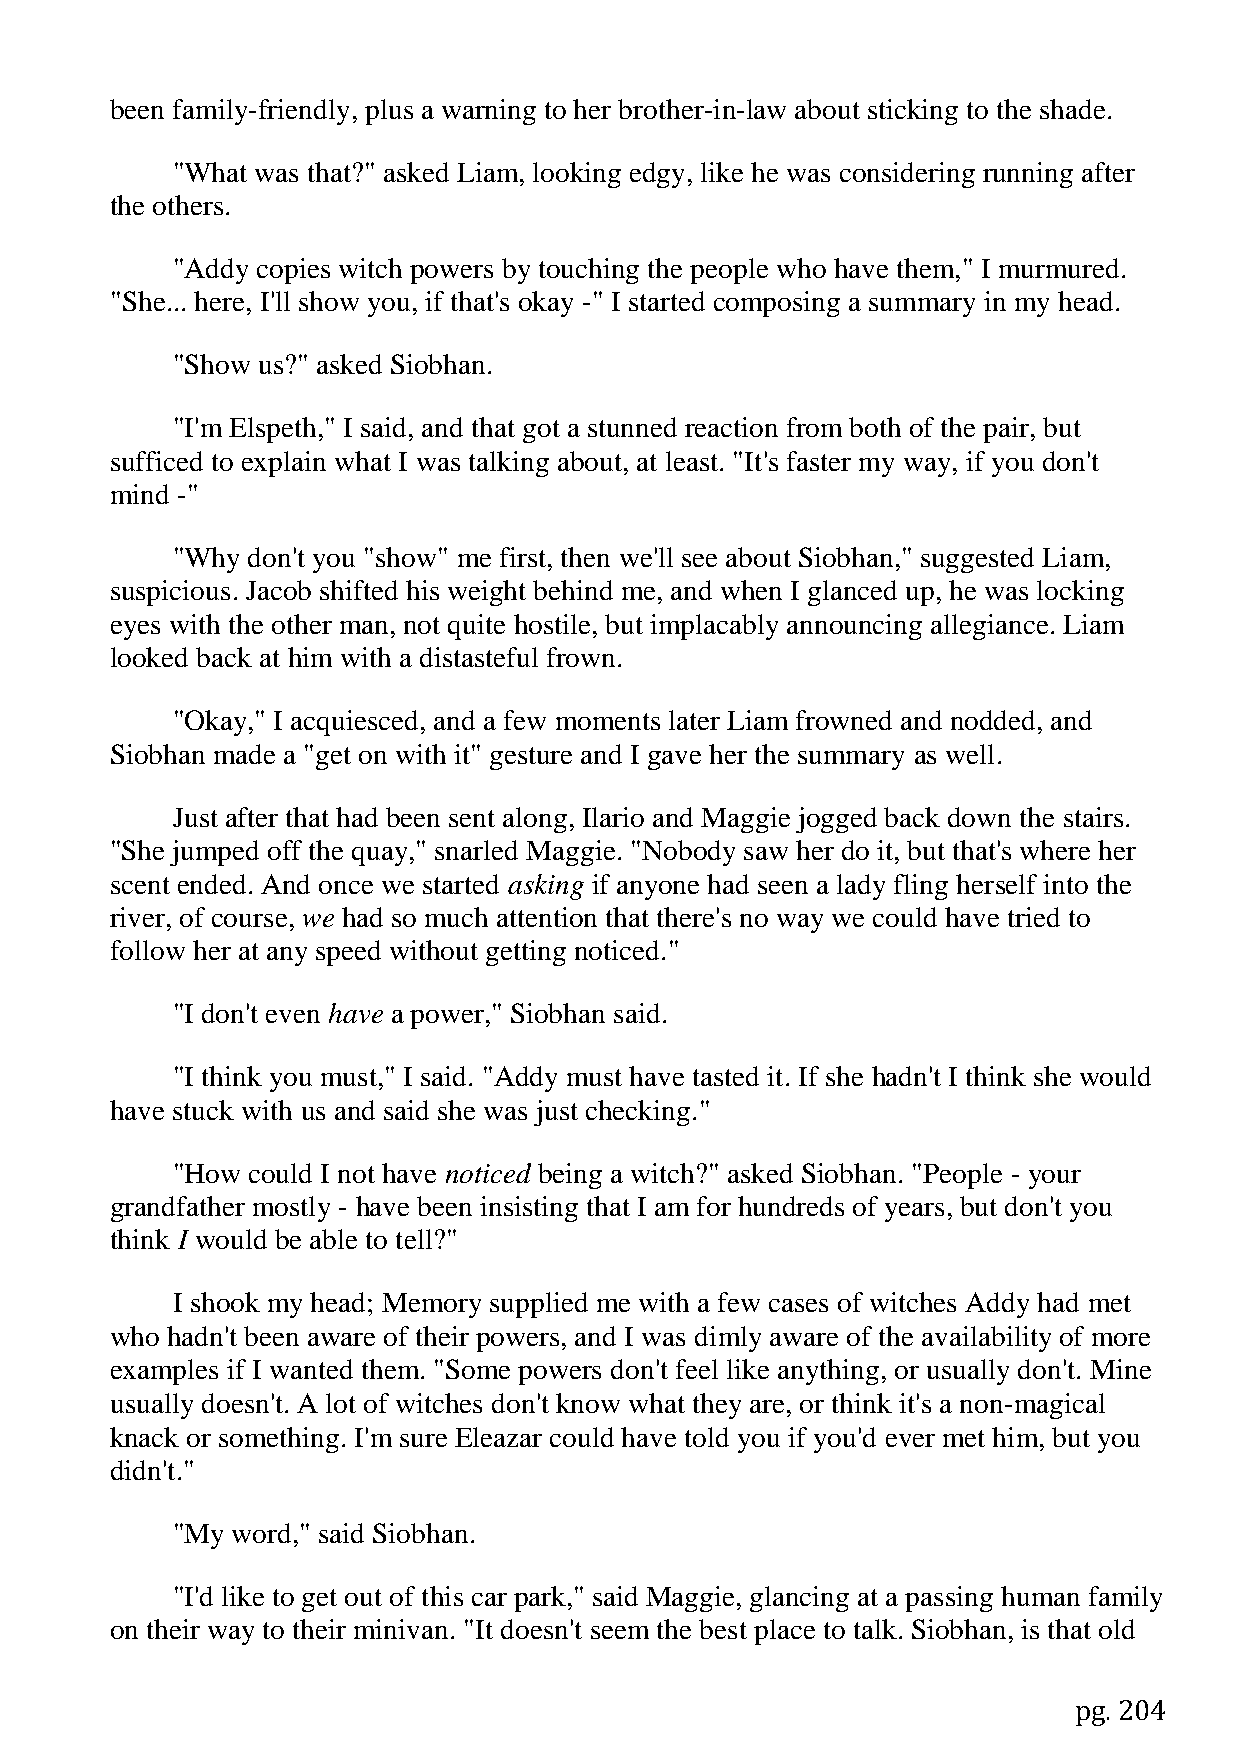
been family-friendly, plus a warning to her brother-in-law about sticking to the shade.
 "What was that?" asked Liam, looking edgy, like he was considering running after
 the others.
 "Addy copies witch powers by touching the people who have them," I murmured.
 "She... here, I'll show you, if that's okay -" I started composing a summary in my head.
 "Show us?" asked Siobhan.
 "I'm Elspeth," I said, and that got a stunned reaction from both of the pair, but
 sufficed to explain what I was talking about, at least. "It's faster my way, if you don't
 mind -"
 "Why don't you "show" me first, then we'll see about Siobhan," suggested Liam,
 suspicious. Jacob shifted his weight behind me, and when I glanced up, he was locking
 eyes with the other man, not quite hostile, but implacably announcing allegiance. Liam
 looked back at him with a distasteful frown.
 "Okay," I acquiesced, and a few moments later Liam frowned and nodded, and
 Siobhan made a "get on with it" gesture and I gave her the summary as well.
 Just after that had been sent along, Ilario and Maggie jogged back down the stairs.
 "She jumped off the quay," snarled Maggie. "Nobody saw her do it, but that's where her
 scent ended. And once we started asking if anyone had seen a lady fling herself into the
 river, of course, we had so much attention that there's no way we could have tried to
 follow her at any speed without getting noticed."
 "I don't even have a power," Siobhan said.
 "I think you must," I said. "Addy must have tasted it. If she hadn't I think she would
 have stuck with us and said she was just checking."
 "How could I not have noticed being a witch?" asked Siobhan. "People - your
 grandfather mostly - have been insisting that I am for hundreds of years, but don't you
 think I would be able to tell?"
 I shook my head; Memory supplied me with a few cases of witches Addy had met
 who hadn't been aware of their powers, and I was dimly aware of the availability of more
 examples if I wanted them. "Some powers don't feel like anything, or usually don't. Mine
 usually doesn't. A lot of witches don't know what they are, or think it's a non-magical
 knack or something. I'm sure Eleazar could have told you if you'd ever met him, but you
 didn't."
 "My word," said Siobhan.
 "I'd like to get out of this car park," said Maggie, glancing at a passing human family
 on their way to their minivan. "It doesn't seem the best place to talk. Siobhan, is that old
 pg. 204